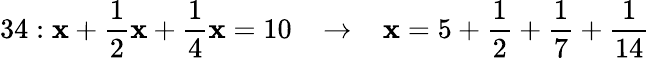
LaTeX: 34:\mathbf{x}+{\frac{{1}}{{2}}}\mathbf{x}+{\frac{{1}}{{4}}}\mathbf{x}=10\; \; \; \rightarrow\; \; \; \mathbf{x}=5+{\frac{{1}}{{2}}}+{\frac{{1}}{{7}}}+{\frac{{1}}{{14}}}